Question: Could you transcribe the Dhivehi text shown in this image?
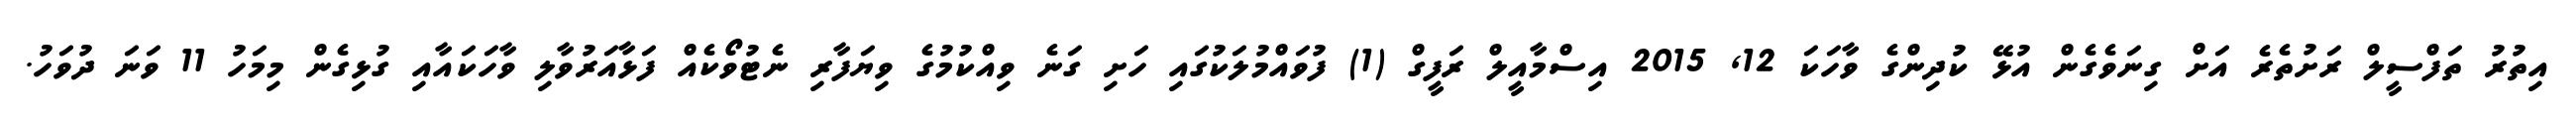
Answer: އިތުރު ތަފްސީލް ރަށުތެރެ އަށް ގިނަވެގެން އުޅޭ ކުދިންގެ ވާހަކަ 12, 2015 އިސްމާއީލް ރަފީގް (1) ފުވައްމުލަކުގައި ހަށި ގަނެ ވިއްކުމުގެ ވިޔަފާރި ނެޓުވޯކެއް ފަޅާއަރުވާލި ވާހަކައާއި ގުޅިގެން މިމަހު 11 ވަނަ ދުވަހު.